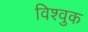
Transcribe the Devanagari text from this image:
विश्वुक